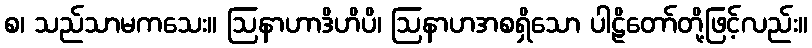
စ၊ သည်သာမကသေး။ ဩနာဟာဒိဟိပိ၊ ဩနာဟအစရှိသော ပါဠိတော်တို့ဖြင့်လည်း။